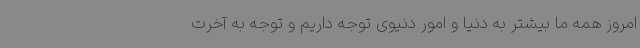
امروز همه ما بیشتر به دنیا و امور دنیوی توجه داریم و توجه به آخرت